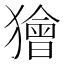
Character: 獪